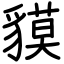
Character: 貘